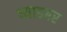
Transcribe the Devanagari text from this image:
ध्याडबर